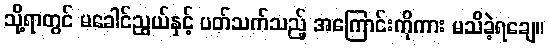
သို့ရာတွင် မခေါင်ညွယ်နှင့် ပတ်သက်သည့် အကြောင်းကိုကား မသိခဲ့ရချေ။